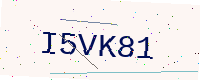
Text: I5VK81